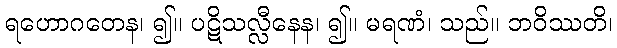
ရဟောဂတေန၊ ၍။ ပဋိသလ္လီနေန၊ ၍။ မရဏံ၊ သည်။ ဘဝိဿတိ၊